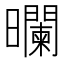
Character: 𰖻